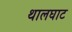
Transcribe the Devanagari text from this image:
थालघाट